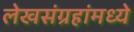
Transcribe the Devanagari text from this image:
लेखसंग्रहांमध्ये